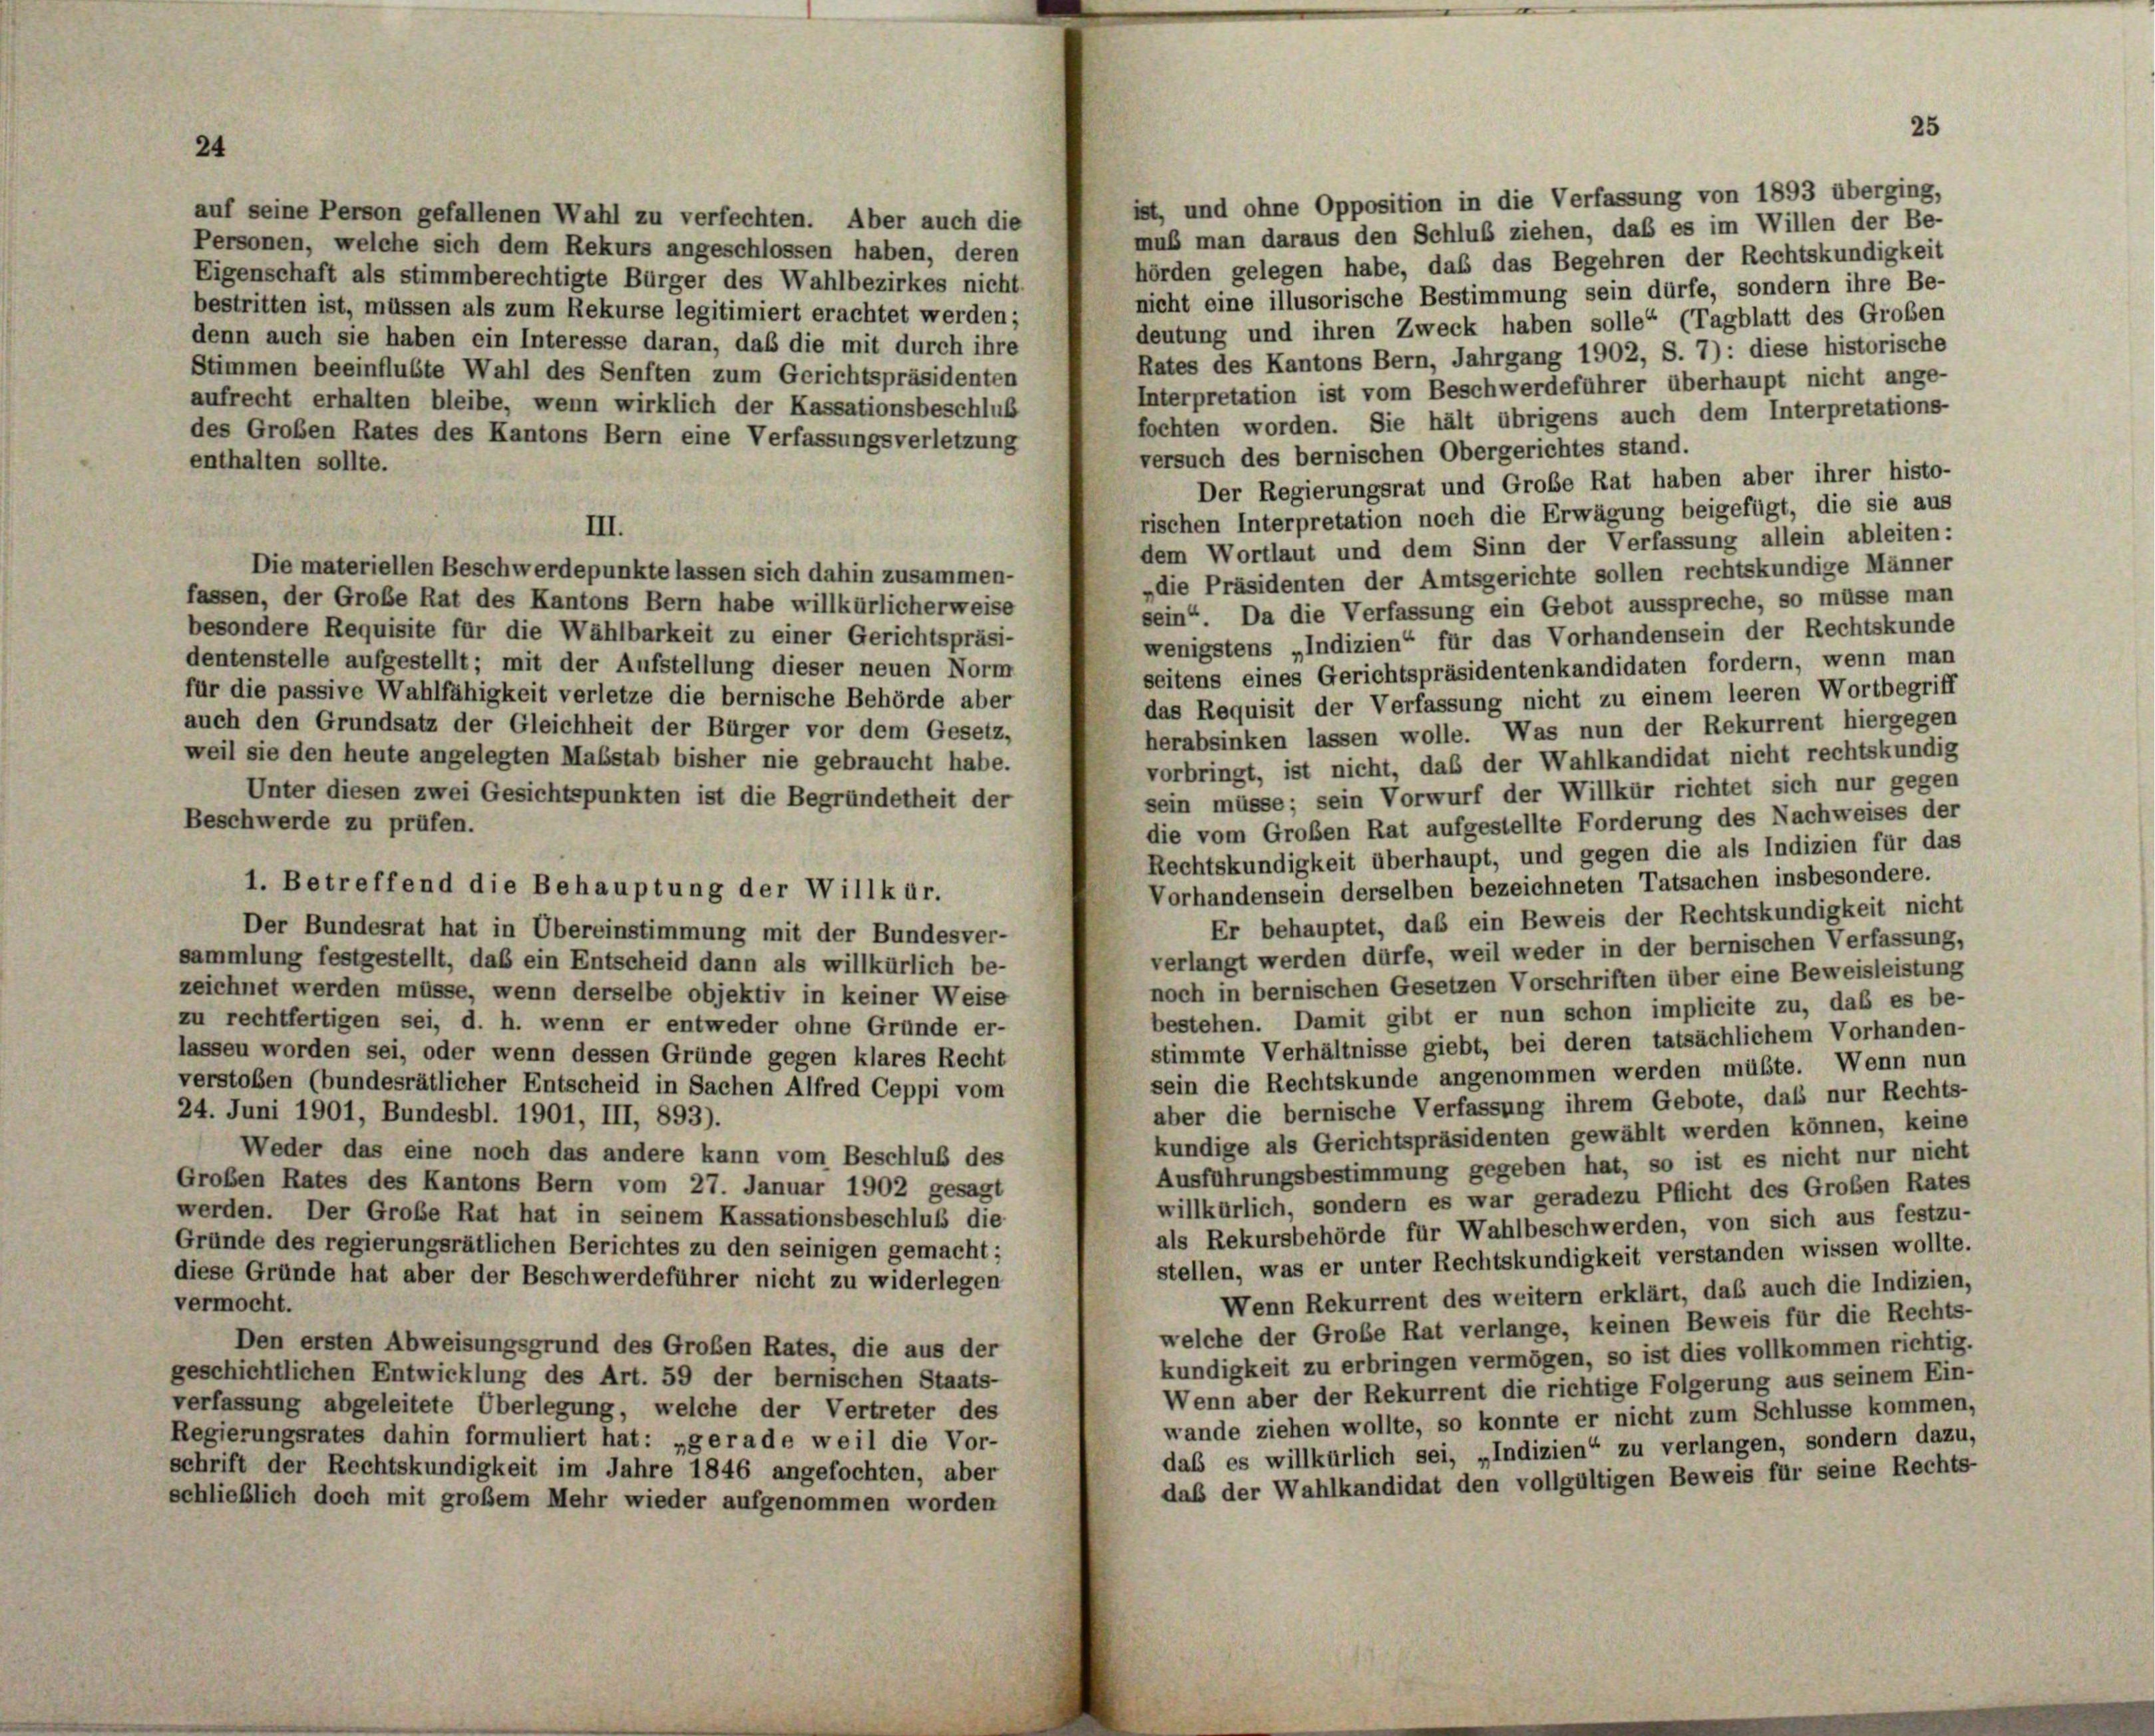
ist, und ohne Opposition in die Verfassung von 1893 überging,
auf seine Person gefallenen Wahl zu verfechten. Aber auch die
muß man daraus den Schluß ziehen, daß es im Willen der Be-
Personen, welche sich dem Rekurs angeschlossen haben, deren
hörden gelegen habe, daß das Begehren der Rechtskundigkeit
Eigenschaft als stimmberechtigte Bürger des Wahlbezirkes nicht.
nicht eine illusorische Bestimmung sein dürfe, sondern ihre Be-
bestritten ist, müssen als zum Rekurse legitimiert erachtet werden;
deutung und ihren Zweck haben solle“ (Tagblatt des Großen
denn auch sie haben ein Interesse daran, daß die mit durch ihre
Rates des Kantons Bern, Jahrgang 1902, S. 7): diese historische
Stimmen beeinflubte Wahl des Senften zum Gerichtspräsidenten
Interpretation ist vom Beschwerdeführer überhaupt nicht ange-
aufrecht erhalten bleibe, wenn wirklich der Kassationsbeschluß
fochten worden. Sie hält übrigens auch dem Interpretations-
des Großen Rates des Kantons Bern eine Verfassungsverletzung
versuch des bernischen Obergerichtes stand.
enthalten sollte.
Der Regierungsrat und Große Rat haben aber ihrer histo-
rischen Interpretation noch die Erwägung beigefügt, die sie aus
III.
dem Wortlaut und dem Sinn der Verfassung allein ableiten:
Die materiellen Beschwerdepunkte lassen sich dahin zusammen-
„die Präsidenten der Amtsgerichte sollen rechtskundige Männer
fassen, der Große Rat des Kantons Bern habe willkürlicherweise
sein“. Da die Verfassung ein Gebot ausspreche, so müsse man
besondere Requisite für die Wählbarkeit zu einer Gerichtspräsi-
wenigstens „Indizien“ für das Vorhandensein der Rechtskunde
dentenstelle aufgestellt; mit der Aufstellung dieser neuen Norm
seitens eines Gerichtspräsidentenkandidaten fordern, wenn man
für die passive Wahlfähigkeit verletze die bernische Behörde aber
das Requisit der Verfassung nicht zu einem leeren Wortbegriff
auch den Grundsatz der Gleichheit der Bürger vor dem Gesetz,
herabsinken lassen wolle. Was nun der Rekurrent hiergegen
weil sie den heute angelegten Maßstab bisher nie gebraucht habe.
vorbringt, ist nicht, daß der Wahlkandidat nicht rechtskundig
sein müsse; sein Vorwurf der Willkür richtet sich nur gegen
Unter diesen zwei Gesichtspunkten ist die Begründetheit der
Beschwerde zu prüfen.
die vom Großen Rat aufgestellte Forderung des Nachweises der
Rechtskundigkeit überhaupt, und gegen die als Indizien für das
Vorhandensein derselben bezeichneten Tatsachen insbesondere.
Er behauptet, das ein Beweis der Rechtskundigkeit nicht
Der Bundesrat hat in Übereinstimmung mit der Bundesver-
verlangt werden dürfe, weil weder in der bernischen Verfassung,
sammlung festgestellt, daß ein Entscheid dann als willkürlich be-
noch in bernischen Gesetzen Vorschriften über eine Beweisleistung
zeichnet werden müsse, wenn derselbe objektiv in keiner Weise
bestehen. Damit gibt er nun schon implicite zu, daß es be-
zu rechtfertigen sei, d. h. wenn er entweder ohne Gründe er-
stimmte Verhältnisse giebt, bei deren tatsächlichem Vorhanden-
lassen worden sei, oder wenn dessen Gründe gegen klares Recht
sein die Rechtskunde angenommen werden müßte. Wenn nun
verstoßen (bundesrätlicher Entscheid in Sachen Alfred Ceppi vom
aber die bernische Verfassung ihrem Gebote, das nur Rechts-
24. Juni 1901, Bundesbl. 1901, III, 893).
kundige als Gerichtspräsidenten gewählt werden können, keine
Weder das eine noch das andere kann vom Beschluß des
Ausführungsbestimmung gegeben hat, so ist es nicht nur nicht
Großen Rates des Kantons Bern vom 27. Januar 1902 gesagt
willkürlich, sondern es war geradezu Pflicht des Großen Rates
werden. Der Große Rat hat in seinem Kassationsbeschluß die
als Rekursbehörde für Wahlbeschwerden, von sich aus festzu-
Gründe des regierungsrätlichen Berichtes zu den seinigen gemacht;
stellen, was er unter Rechtskundigkeit verstanden wissen wollte.
diese Gründe hat aber der Beschwerdeführer nicht zu widerlegen
Wenn Rekurrent des weitern erklärt, daß auch die Indizien,
vermocht.
welche der Große Rat verlange, keinen Beweis für die Rechts-
Den ersten Abweisungsgrund des Großen Rates, die aus der
kundigkeit zu erbringen vermögen, so ist dies vollkommen richtig.
geschichtlichen Entwicklung des Art. 59 der bernischen Staats-
Wenn aber der Rekurrent die richtige Folgerung aus seinem Ein-
verfassung abgeleitete Überlegung, welche der Vertreter des
wande ziehen wollte, so konnte er nicht zum Schlüsse kommen.
Regierungsrates dahin formuliert hat: „gerade weil die Vor-
daß es willkürlich sei, „Indizien“ zu verlangen, sondern dazu
schrift der Rechtskundigkeit im Jahre 1846 angefochten, aber
daß der Wahlkandidat den vollgültigen Beweis für seine Rechts-
schließlich doch mit großem Mehr wieder aufgenommen worden

1. Betreffend die Behauptung der Willkür.

25